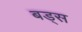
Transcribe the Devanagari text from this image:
बड्स